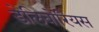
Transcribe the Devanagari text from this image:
डेलिवोरियस